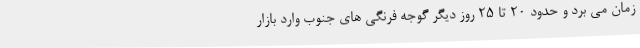
زمان می برد و حدود 20 تا 25 روز دیگر گوجه فرنگی های جنوب وارد بازار